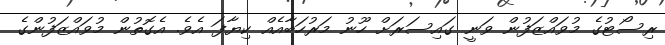
ރިސޯޓުގެ މުވައްޒަފުން ވަނީ ގައިސަރަށް ހޫނު މަރުހަބާއެއް ކިޔާފަ އެވެ. އެގޮތުން މުވައްޒަފުންގެ